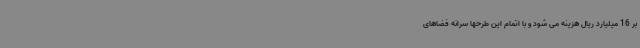
بر 16 میلیارد ریال هزینه می شود و با اتمام این طرحها سرانه فضاهای